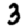
Digit: 3